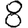
Digit: 8